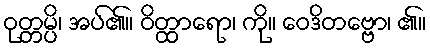
ဝုတ္တမ္ပိ၊ အပ်၏။ ဝိတ္ထာရော၊ ကို။ ဝေဒိတဗ္ဗော၊ ၏။